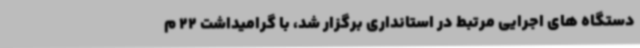
دستگاه های اجرایی مرتبط در استانداری برگزار شد، با گرامیداشت 22 م